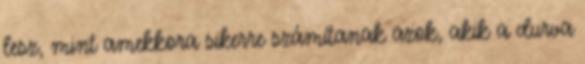
lesz, mint amekkora sikerre számítanak azok, akik a durva